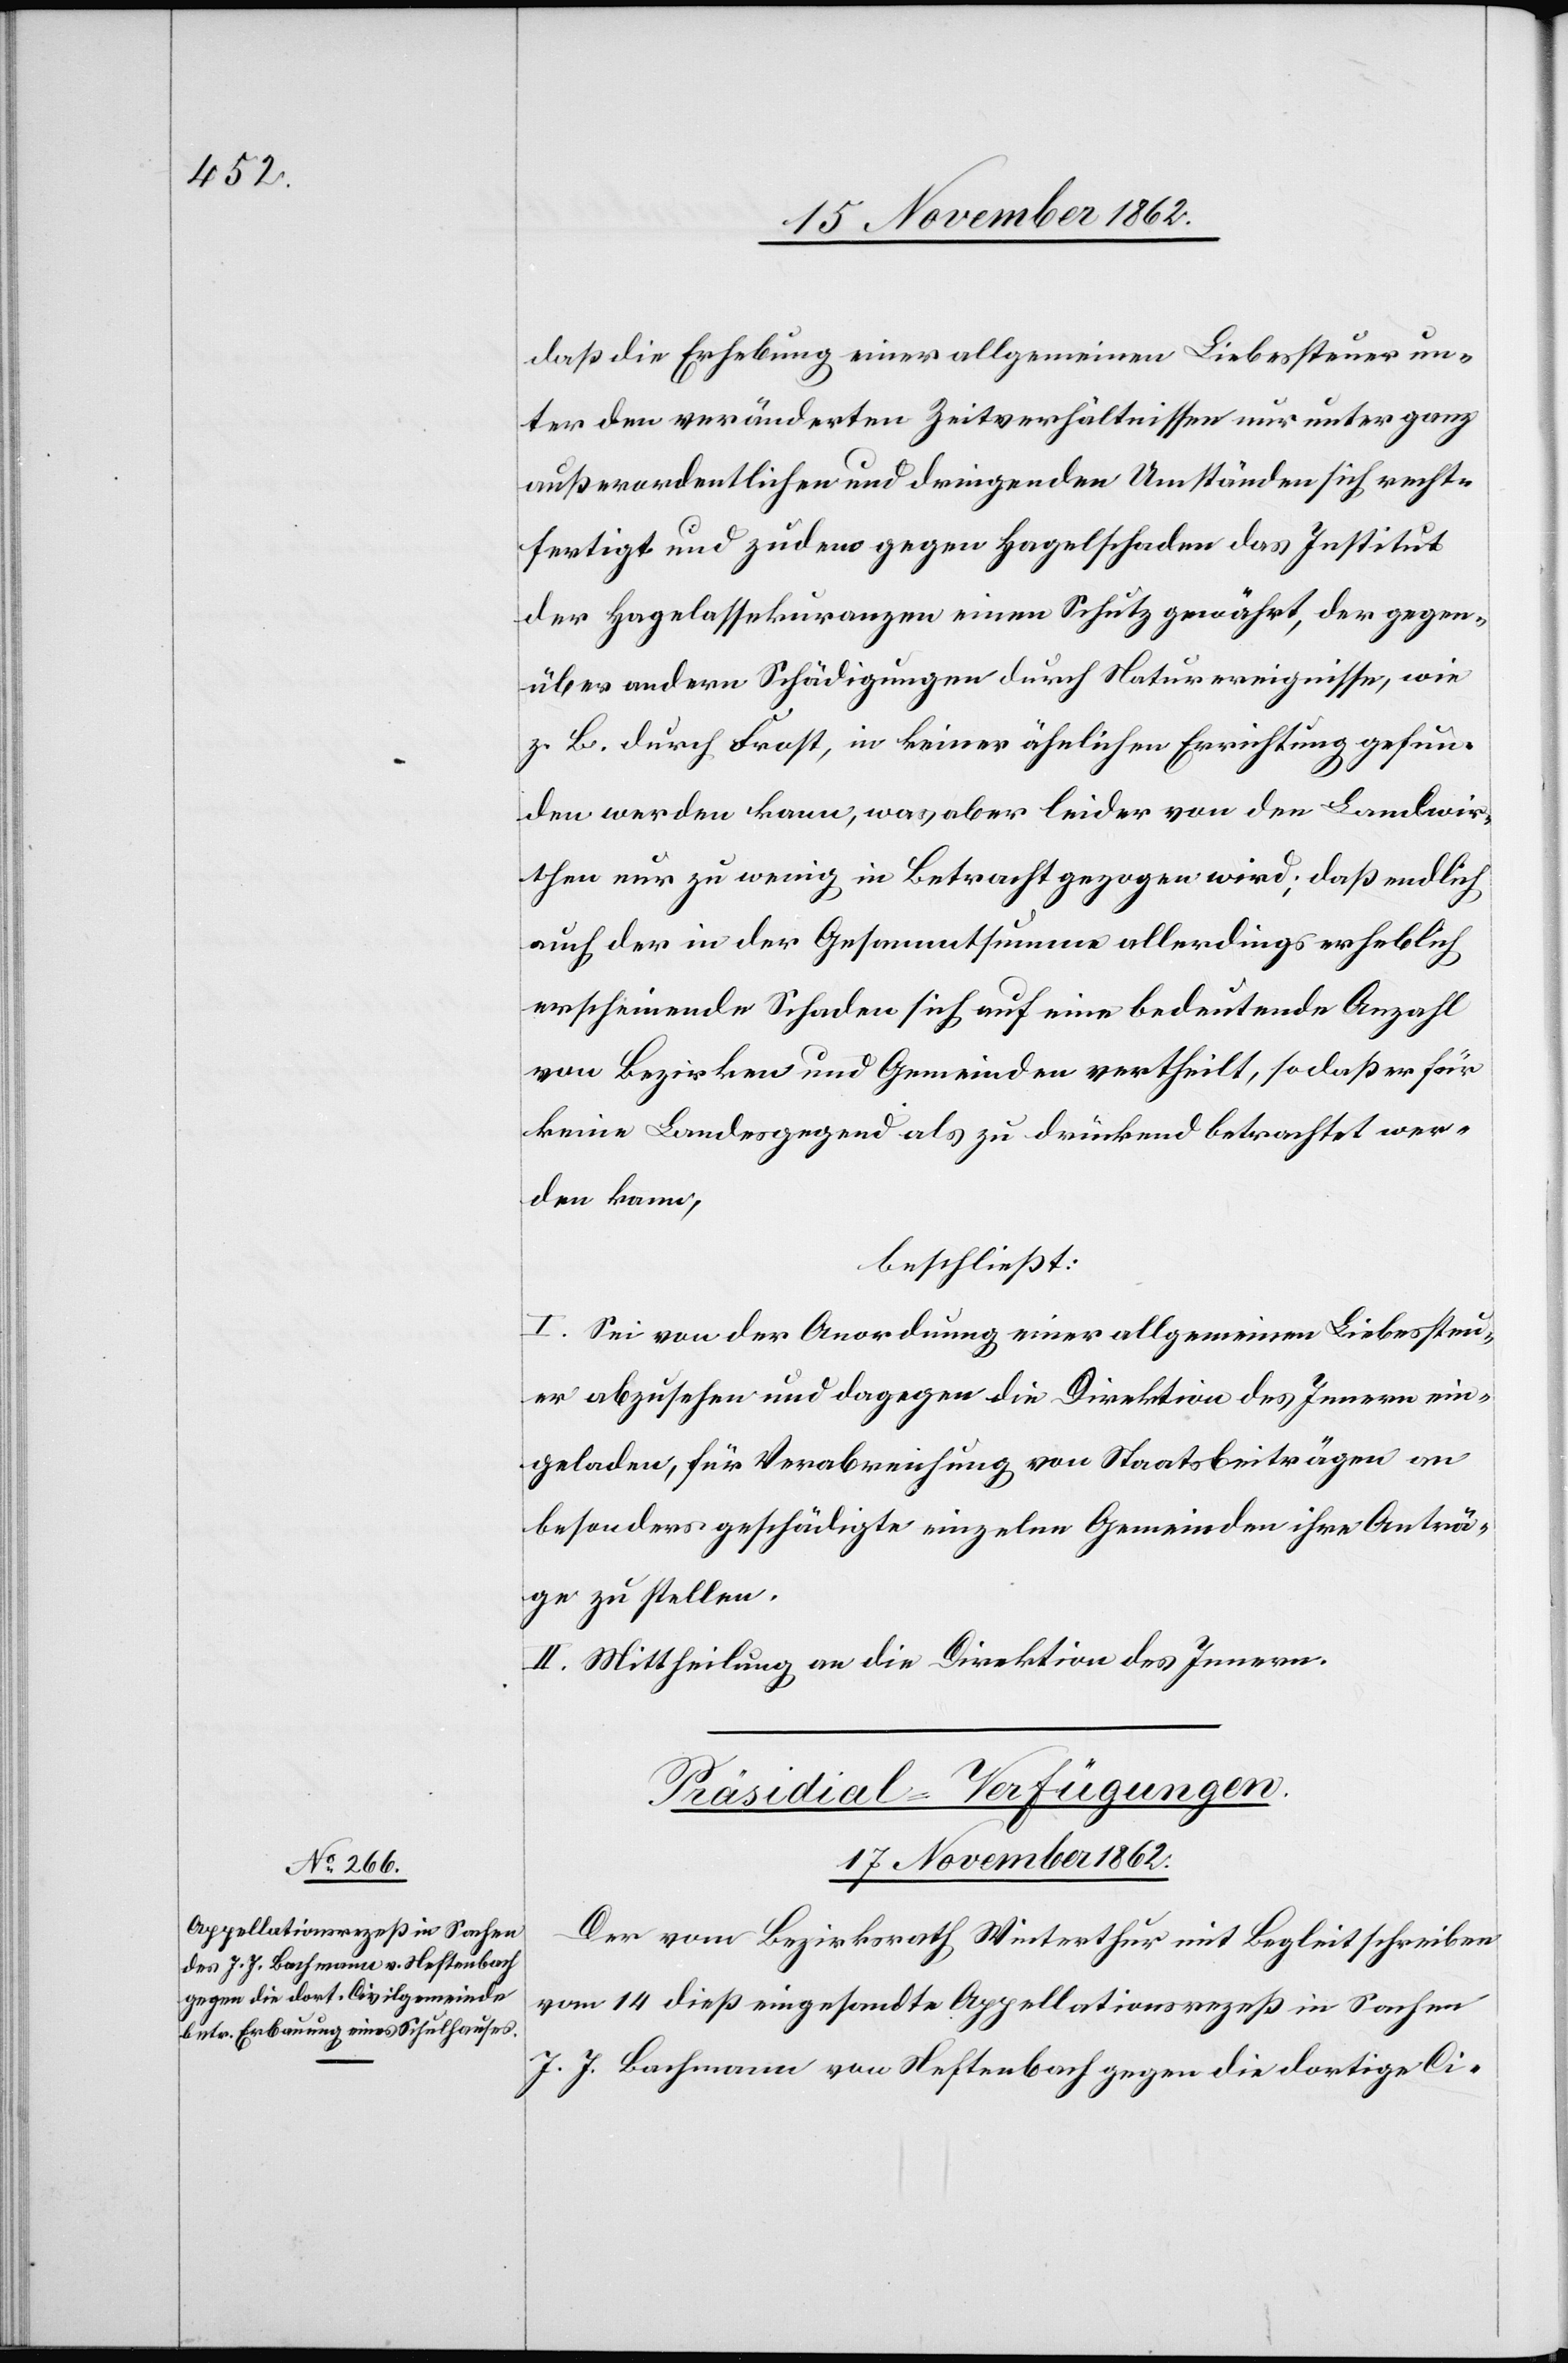
17. November 1862.
daß die Erhebung einer allgemeinen Liebessteuer un¬
ter den veränderten Zeitverhältnissen nur unter ganz
außerordentlichen und dringenden Umständen sich recht¬
fertigt und zudem gegen Hagelschaden das Institut
der Hagelassekuranzen einem Schutz gewährt, der gegen¬
über andern Schädigungen durch Naturereignisse, wie
z. B. durch Frost, in keiner ähnlichen Errichtung gefun¬
den werden kann, was, aber leider von den Landwir¬
then nur zu wenig in Betracht gezogen wird, daß endlich
auch der in der Gesammtsumme allerdings erheblich
erscheinende Schaden sich auf eine bedeutende Anzahl
von Bezirken und Gemeinden vertheilt, so daß er für
keine Landesgegend als zu drückend betrachtet wer¬
den kann,
beschließt:
I. Sei von der Anordnung einer allgemeinen Liebessteu¬
er abzusehen und dagegen die Direktion des Innern ein¬
geladen, für Verabreichung von Staatsbeiträgen an
besonders geschädigte einzelne Gemeinden ihre Anträ¬
ge zu stellen.
II. Mittheilung an die Direktion des Innern.
Präsidial-Verfügungen.
Der vom Bezirksrath Winterthur mit Begleitschreiben
vom 14. dieß eingesandte Appellationsrezeß in Sachen
J. J. Bachmann von Neftenbach gegen die dortige Ci-